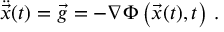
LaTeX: { \ddot { \vec { x } } } ( t ) = { \vec { g } } = - \nabla \Phi \left( { \vec { x } } ( t ) , t \right) \, .